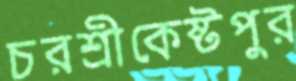
চরশ্রীকেষ্টপুর